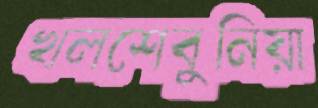
খলশেবুনিয়া